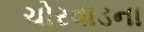
ચોરવાડના